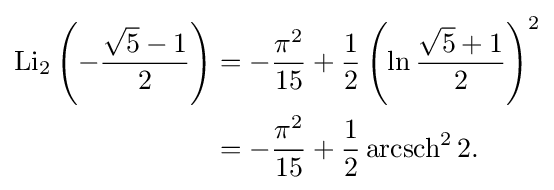
{\begin{aligned}\operatorname {Li} _{2}\left(-{\frac {{\sqrt {5}}-1}{2}}\right)&=-{\frac {{\pi }^{2}}{15}}+{\frac {1}{2}}\left(\ln {\frac {{\sqrt {5}}+1}{2}}\right)^{2}\\&=-{\frac {{\pi }^{2}}{15}}+{\frac {1}{2}}\operatorname {arcsch} ^{2}2.\end{aligned}}